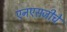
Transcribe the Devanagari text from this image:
एनएसजीचे